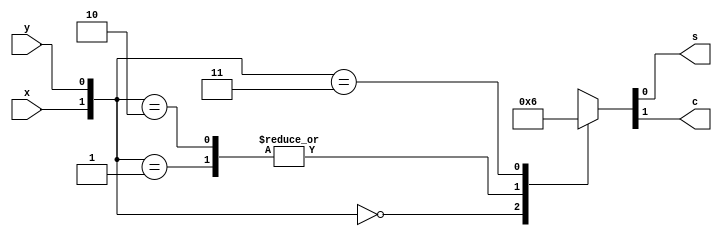
module HA(x, y, s, c);

input x, y;
output c, s;
reg c, s;

always @(x or y)

    case ({x, y})
        2'b00 : {c, s} = 2'b00;
        2'b01 : {c, s} = 2'b01;
        2'b10 : {c, s} = 2'b01;
        2'b11 : {c, s} = 2'b10;
        default : {c, s} = 2'b00;
    endcase
    
endmodule